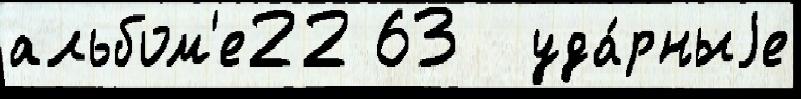
альбом'е22 63  уда́рныjе